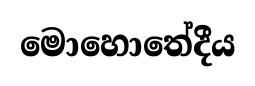
මොහොතේදීය